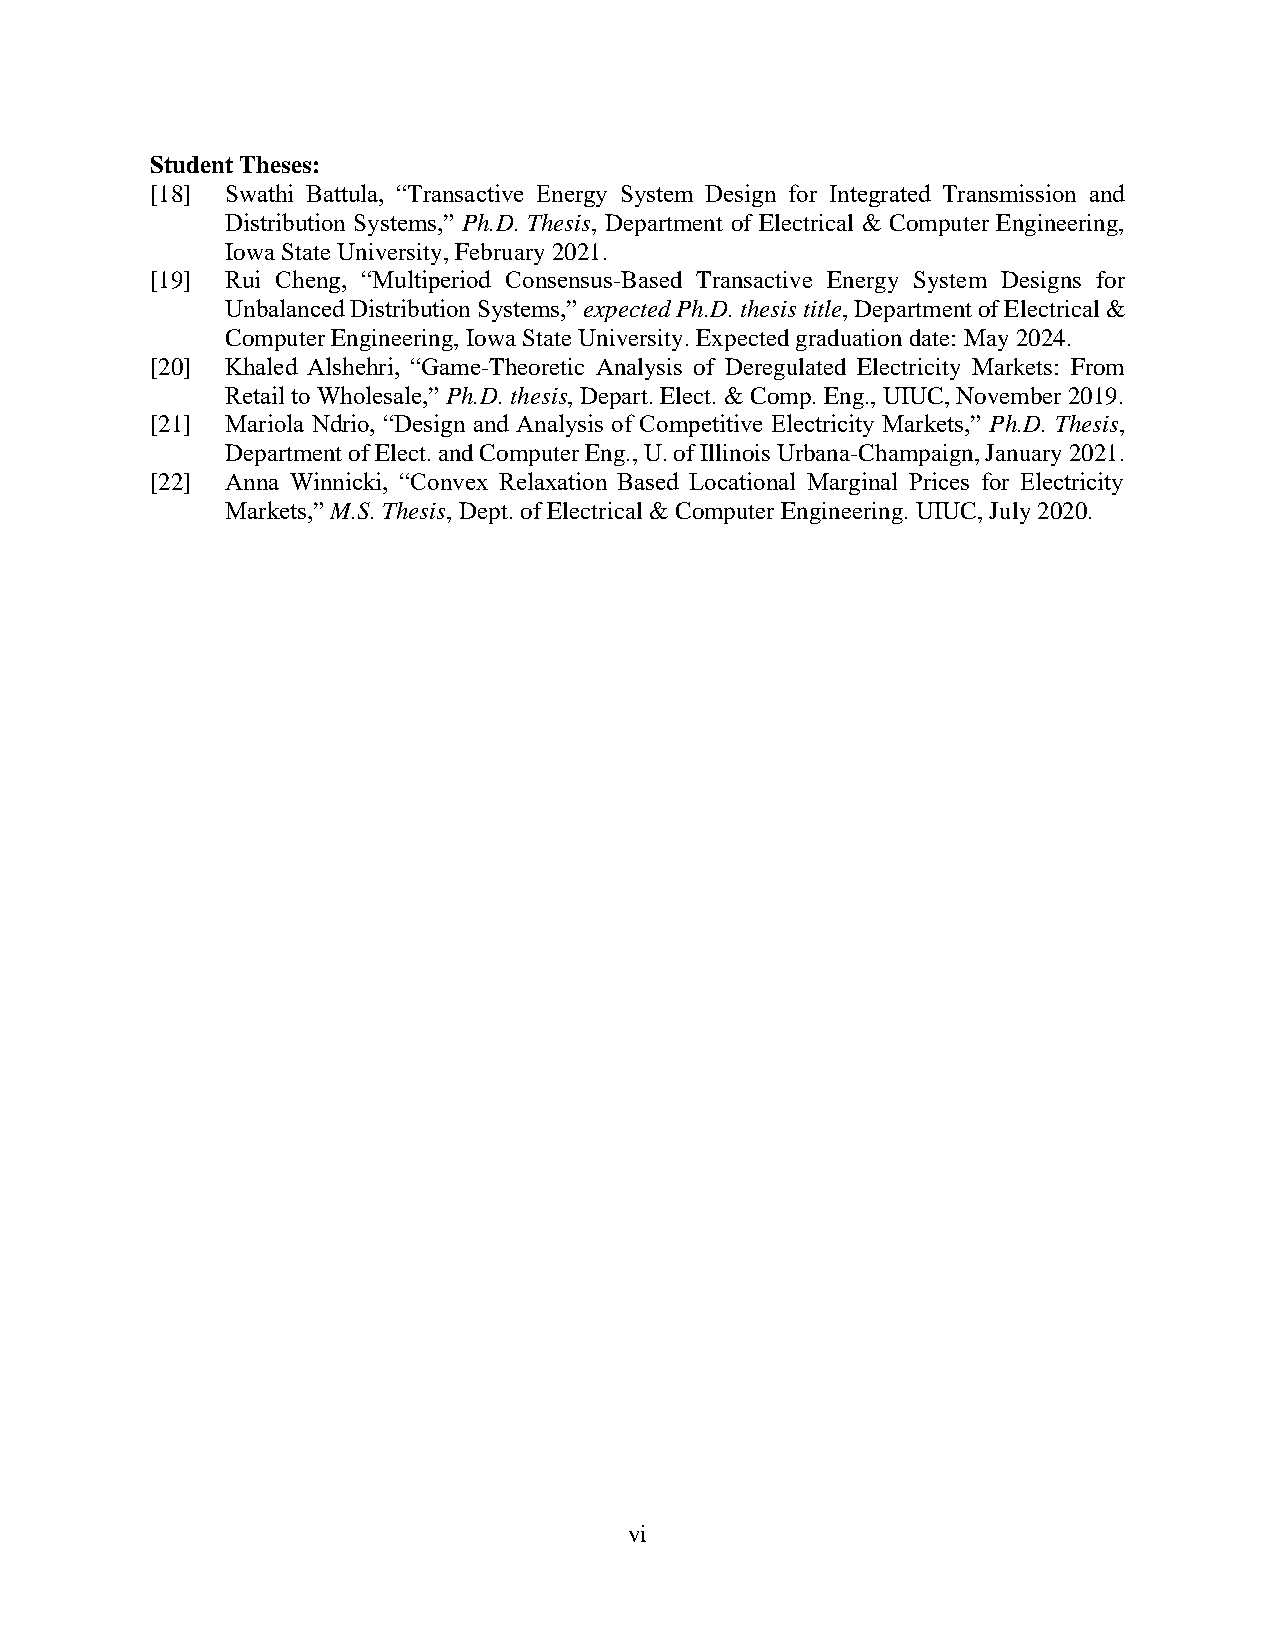
Student Theses:
 [18] Swathi Battula, “Transactive Energy System Design for Integrated Transmission and
 Distribution Systems,” Ph.D. Thesis, Department of Electrical & Computer Engineering,
 Iowa State University, February 2021.
 [19] Rui Cheng, “Multiperiod Consensus-Based Transactive Energy System Designs for
 Unbalanced Distribution Systems,” expected Ph.D. thesis title, Department of Electrical &
 Computer Engineering, Iowa State University. Expected graduation date: May 2024.
 [20] Khaled Alshehri, “Game-Theoretic Analysis of Deregulated Electricity Markets: From
 Retail to Wholesale,” Ph.D. thesis, Depart. Elect. & Comp. Eng., UIUC, November 2019.
 [21] Mariola Ndrio, “Design and Analysis of Competitive Electricity Markets,” Ph.D. Thesis,
 Department of Elect. and Computer Eng., U. of Illinois Urbana-Champaign, January 2021.
 [22] Anna Winnicki, “Convex Relaxation Based Locational Marginal Prices for Electricity
 Markets,” M.S. Thesis, Dept. of Electrical & Computer Engineering. UIUC, July 2020.
 vi